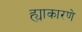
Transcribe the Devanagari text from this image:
ह्याकारणे